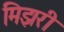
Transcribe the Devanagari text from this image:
मिझरी